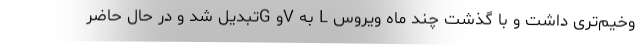
وخیم‌تری داشت و با گذشت چند ماه ویروس L به Vو Gتبدیل شد و در حال حاضر